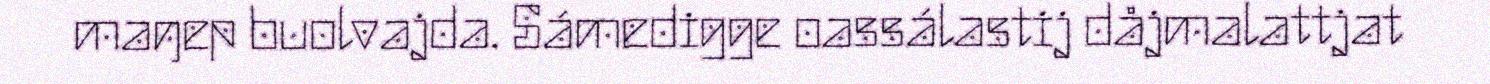
maŋep buolvajda. Sámedigge oassálastij dåjmalattjat